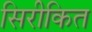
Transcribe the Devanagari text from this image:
सिरीकित